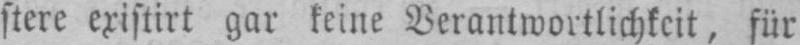
stere existirt gar keine Verantwortlichkeit, für